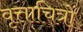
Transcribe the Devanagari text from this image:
वृत्ताचित्रों